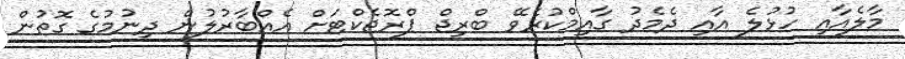
މާލެއާއި ހުޅުލެ އާއި ދެމެދު ގާއިމްކުރެވޭ ބްރިޖް ޕްރޮޖެކްޓަށް އެއްބާރުލުން ދިނުމުގެ ގޮތުން